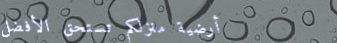
أرضية منزلكم تستحق الأفضل